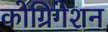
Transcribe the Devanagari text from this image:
कोग्रिगेशन